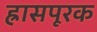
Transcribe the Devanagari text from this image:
ह्रासपूरक